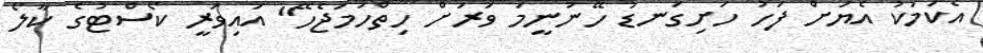
އެކަމަކު އެޔަށް ފަހު ހަށިގަނޑު ހޭނުނީމަ ވަރަށް ހިތްހަމަޖެހޭ" އައިވަރީ ކޯސްޓުގެ ކާލޯ